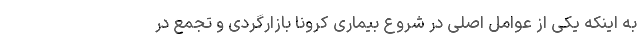
به اینکه یکی از عوامل اصلی در شروع بیماری کرونا بازارگردی و تجمع در